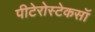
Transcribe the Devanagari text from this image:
पीटेरोस्टेकसॉ